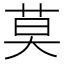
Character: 莫